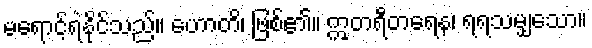
မရောင့်ရဲနိုင်သည်။ ဟောတိ၊ ဖြစ်၏။ ဣတရီတရေန၊ ရရသမျှသော။